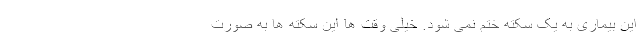
این بیماری به یک سکته ختم نمی شود. خیلی وقت ها این سکته ها به صورت